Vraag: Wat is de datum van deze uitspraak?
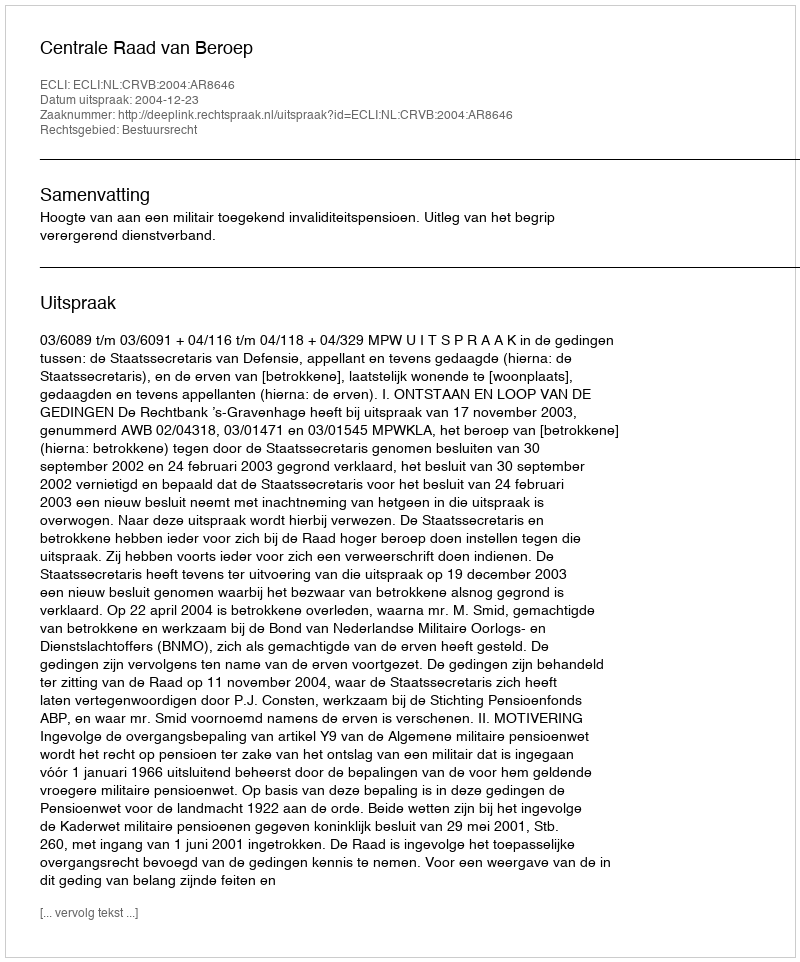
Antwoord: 2004-12-23